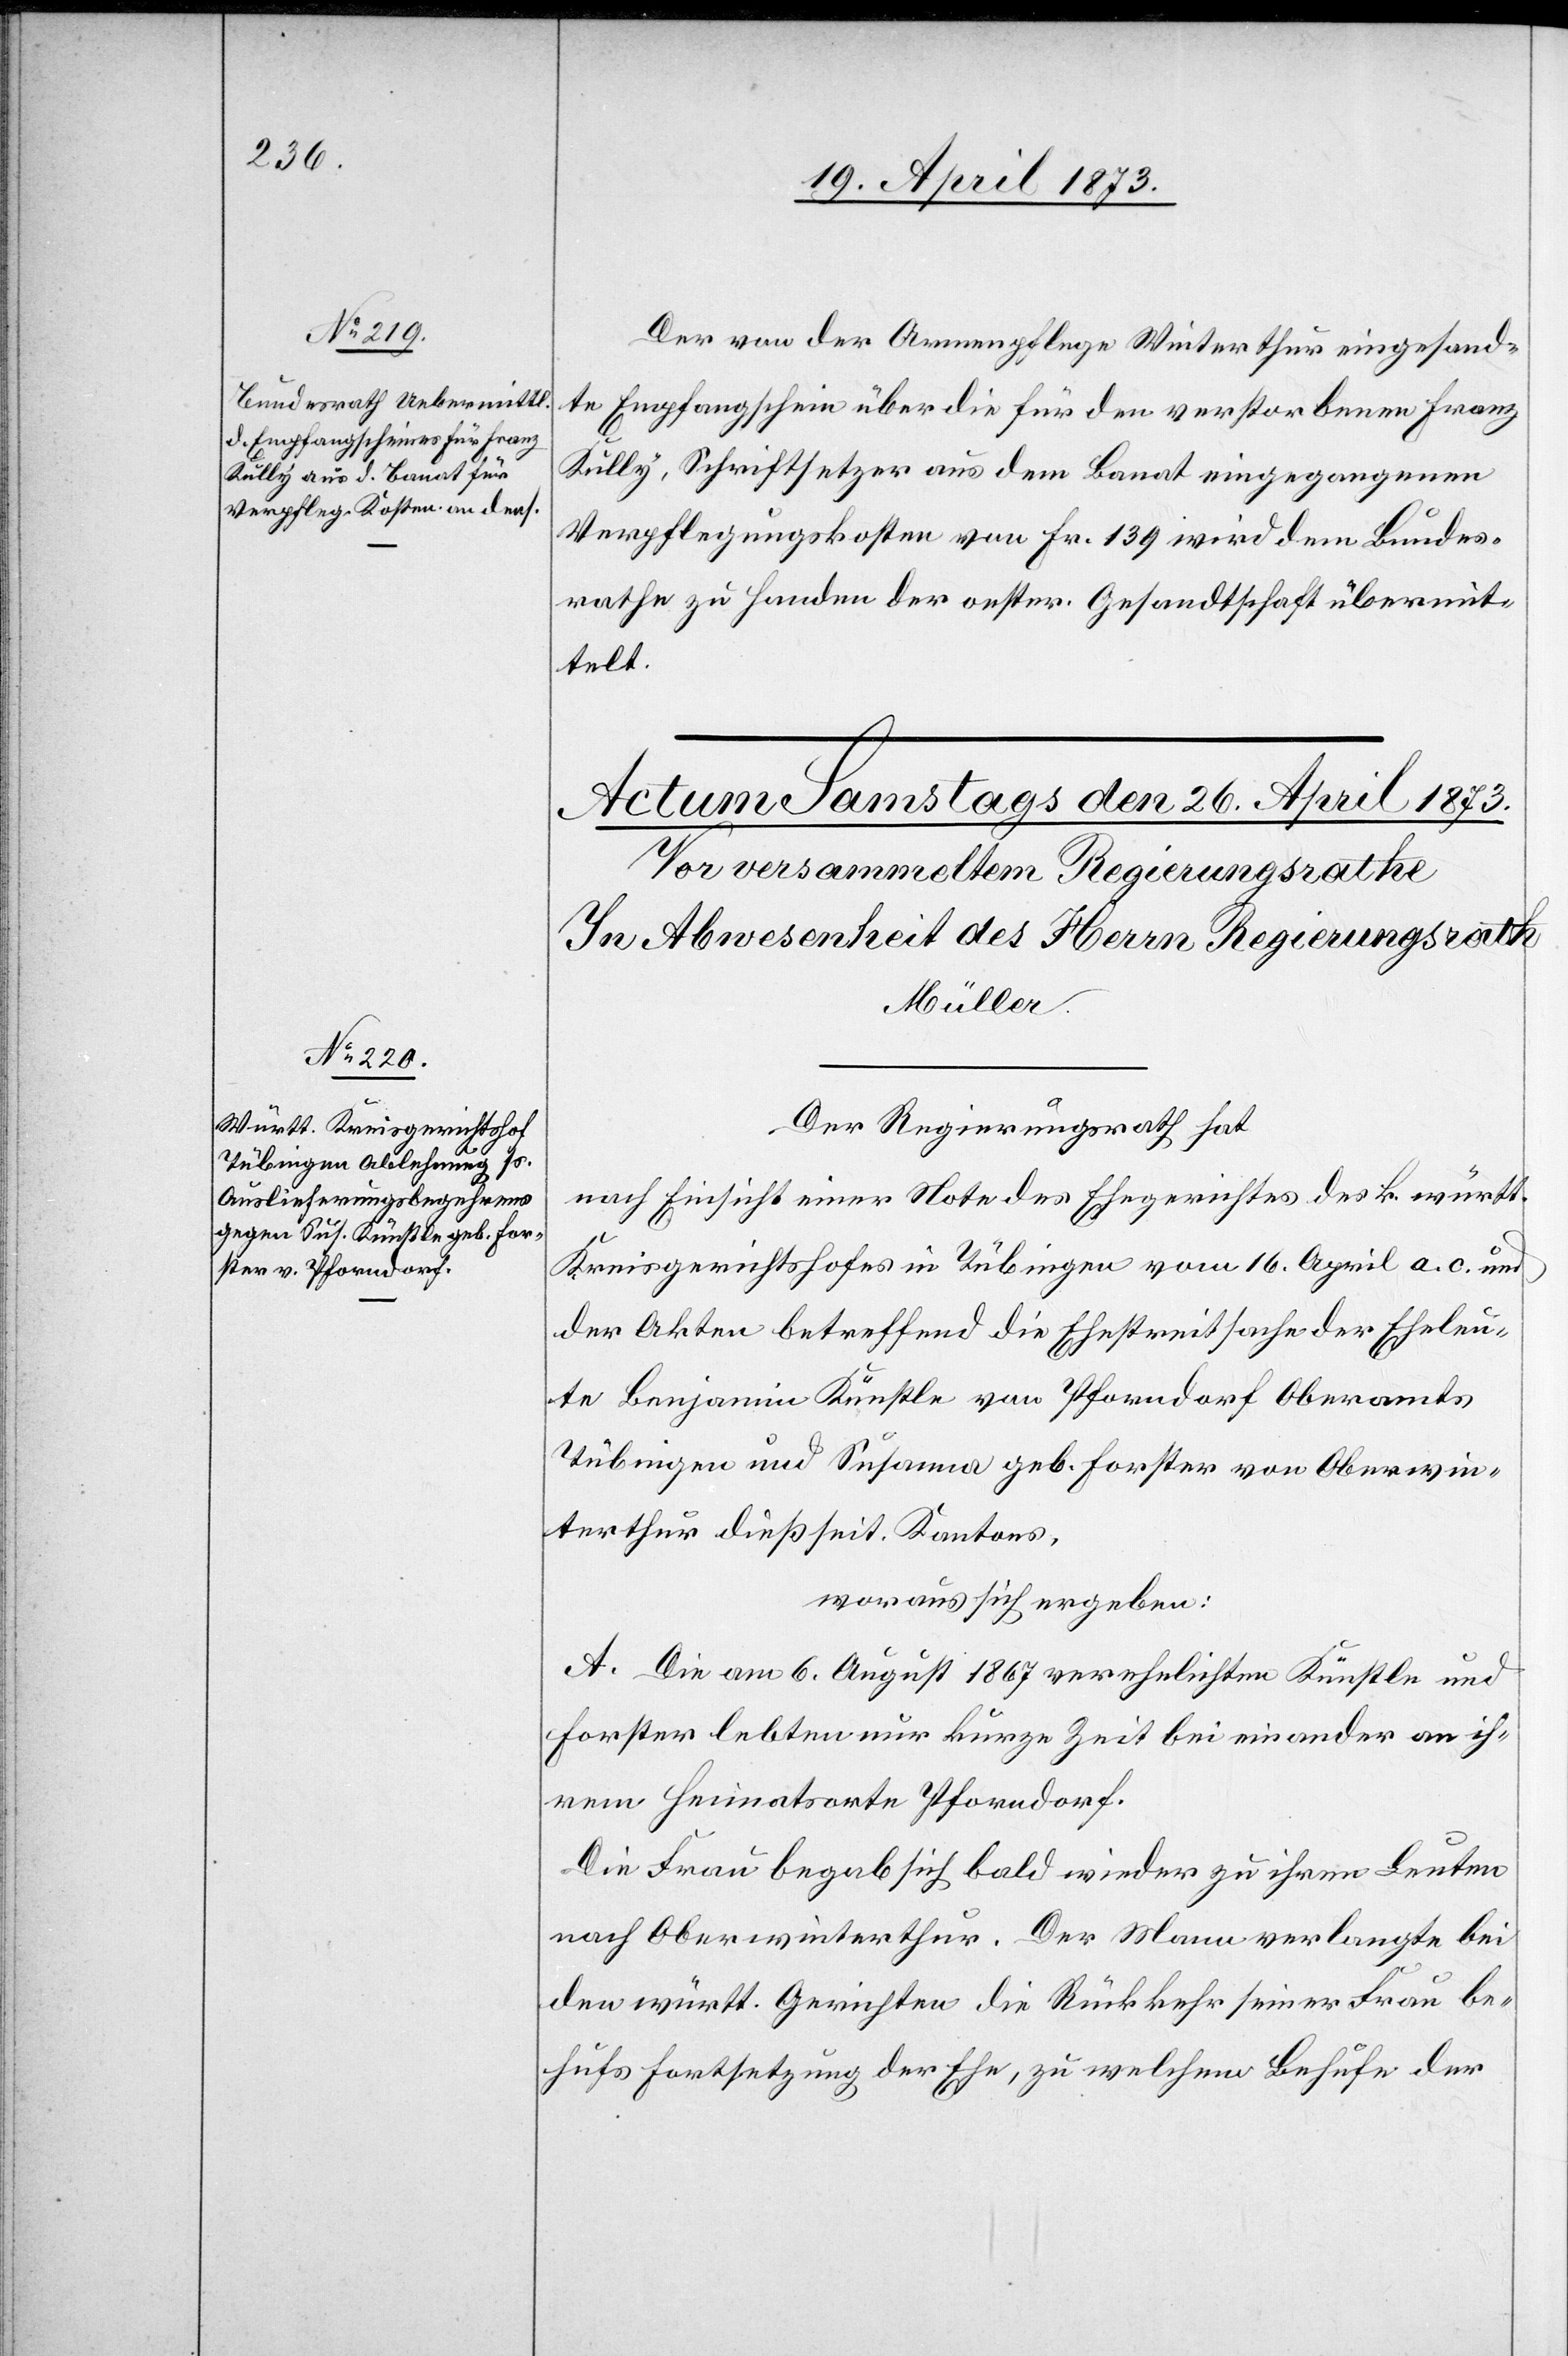
25. April 1873]
Der von der Armenpflege Winterthur eingesand¬
te Empfangschein über die für den verstorbenen Franz
Kully, Schriftsetzer aus dem Banat eingegangenen
Verpflegungskosten von Fr. 139 wird dem Bundes¬
rathe zu Handen der oester. Gesandtschaft übermit¬
telt.
Der Regierungsrath hat
nach Einsicht einer Note des Ehegerichtes des k. württ.
Kreisgerichteshofes in Tübingen vom 16. April a. c. und
der Akten betreffend die Ehestreitsache der Eheleu¬
te Benjamin Künstle von Pforndorf Oberamts
Tübingen und Susanna geb. Forster von Oberwin¬
terthur dießseit. Kantons,
woraus sich ergeben:
A. Die am 6. August 1867 verehelichten Künstle und
Forster lebten nur kurze Zeit bei einander an ih¬
rem Heimatsorte Pforndorf.
Die Frau begab sich bald wieder zu ihren Leuten
nach Oberwinterthur. Der Mann verlangte bei
den württ. Gerichten die Rückkehr seiner Frau be¬
hufs Fortsetzung der Ehe, zu welchem Behufe der